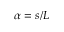
\alpha = s / L